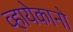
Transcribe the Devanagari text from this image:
व्हायेकानो